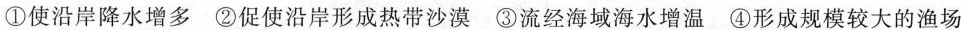
①使沿岸降水增多②促使沿岸形成热带沙漠③流经海域海水增温④形成规模较大的渔场